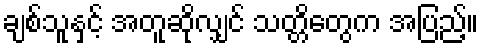
ချစ်သူနှင့် အတူဆိုလျှင် သတ္တိတွေက အပြည့်။